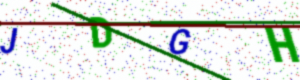
Text: JDGH